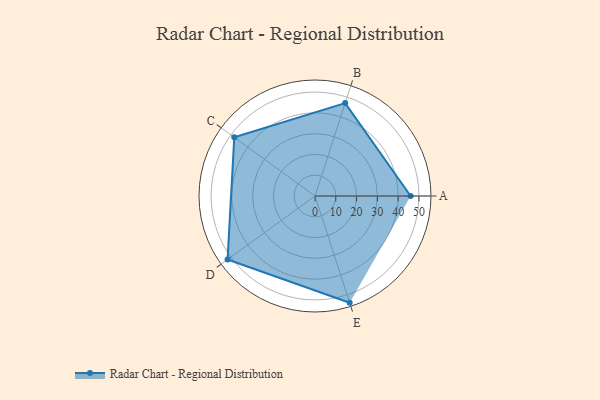
{"axis": {"x": "Skill", "y": "Score"}, "legend": ["Profile"], "data": [{"x": "A", "y": 46.0, "type": "Profile"}, {"x": "B", "y": 47.0, "type": "Profile"}, {"x": "C", "y": 48.0, "type": "Profile"}, {"x": "D", "y": 52.0, "type": "Profile"}, {"x": "E", "y": 54.0, "type": "Profile"}]}